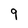
Character: 9